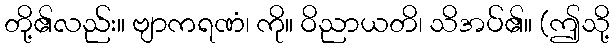
တို့၏လည်း။ ဗျာကရဏံ၊ ကို။ ဝိညာယတိ၊ သိအပ်၏။ (ဤသို့